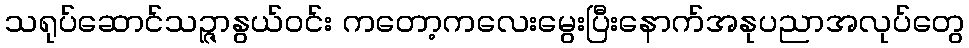
သရုပ်ဆောင်သဉ္ဇာနွယ်ဝင်း ကတော့ကလေးမွေးပြီးနောက်အနုပညာအလုပ်တွေ